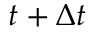
t + \Delta t